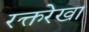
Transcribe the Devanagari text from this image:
रक्तरेखा